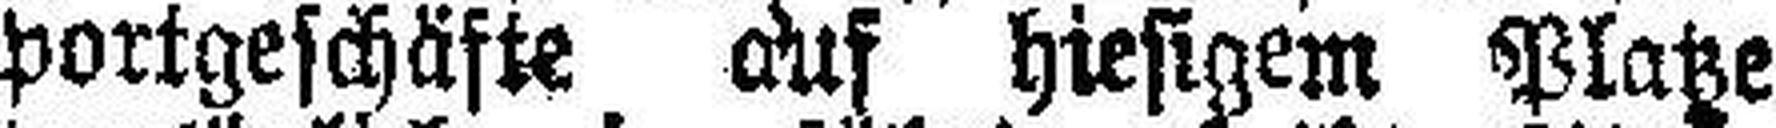
portgeschäfte auf hiesigem Platze